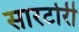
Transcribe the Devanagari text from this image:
सारटोरी